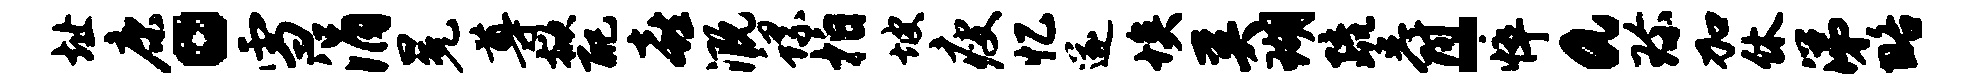
址康。雪涓冕尊掀配喜溉螺拍坡瘦忆遂埃奚瑚疏爵-悴a珍加休涕略